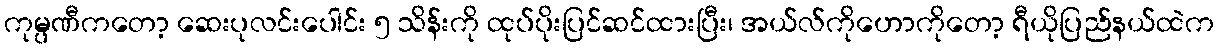
ကုမ္ပဏီကတော့ ဆေးပုလင်းပေါင်း ၅ သိန်းကို ထုပ်ပိုးပြင်ဆင်ထားပြီး၊ အယ်လ်ကိုဟောကိုတော့ ရီယိုပြည်နယ်ထဲက